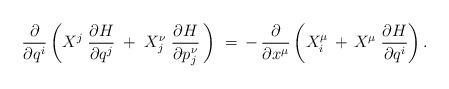
\begin{align*} \frac{\partial}{\partial q^i} \, \bigg( X^j \; \frac{\partial H}{\partial q^j} \; + \; X_j^\nu \; \frac{\partial H}{\partial p\>\!_j^\nu} \, \bigg)~ = \, - \, \frac{\partial}{\partial x^\mu} \left( X_i^\mu \, + \, X^\mu \; \frac{\partial H}{\partial q^i} \right) . \end{align*}